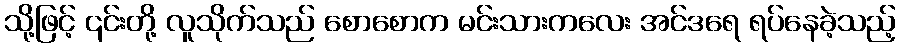
သို့ဖြင့် ၎င်းတို့ လူသိုက်သည် စောစောက မင်းသားကလေး အင်ဒရေ ရပ်နေခဲ့သည့်